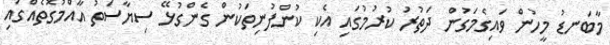
މާބަނޑު މީހުން ވައިގެމަގުން ދަތުރު ކުރުމުގައި އެކި ކުންފުނިތަކުން ގެންގުޅޭ ސިޔާސަތު އާއްމުގޮތެއްގައި